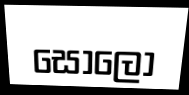
සොලෝ